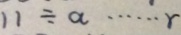
1 1 \div a \cdots r